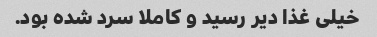
خیلی غذا دیر رسید و کاملا سرد شده بود.